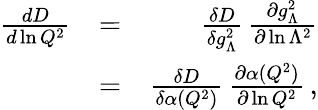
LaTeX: \begin{array}{rlr}{{\frac{dD}{d\ln Q^{2}}}}&{=}&{{\frac{\delta D}{\delta g_{\Lambda}^{2}}}\, {\frac{\partial g_{\Lambda}^{2}}{\partial\ln\Lambda^{2}}}}\\ &{=}&{{\frac{\delta D}{\delta\alpha(Q^{2})}}\, {\frac{\partial\alpha(Q^{2})}{\partial\ln Q^{2}}}\, ,}\end{array}